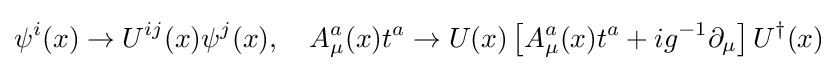
\psi ^{i}(x)\to U^{ij}(x)\psi ^{j}(x),\quad A_{\mu }^{a}(x)t^{a}\to U(x)\left[A_{\mu }^{a}(x)t^{a}+ig^{-1}\partial _{\mu }\right]U^{\dagger }(x)